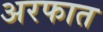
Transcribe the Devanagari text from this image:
अरफात